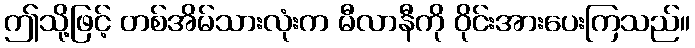
ဤသို့ဖြင့် တစ်အိမ်သားလုံးက မီလာနီကို ဝိုင်းအားပေးကြသည်။